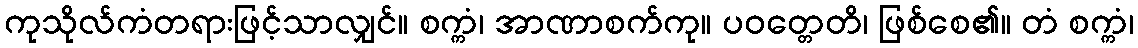
ကုသိုလ်ကံတရားဖြင့်သာလျှင်။ စက္ကံ၊ အာဏာစက်ကု။ ပဝတ္တေတိ၊ ဖြစ်စေ၏။ တံ စက္ကံ၊